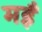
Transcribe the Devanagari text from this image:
मइँ